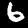
Digit: 6